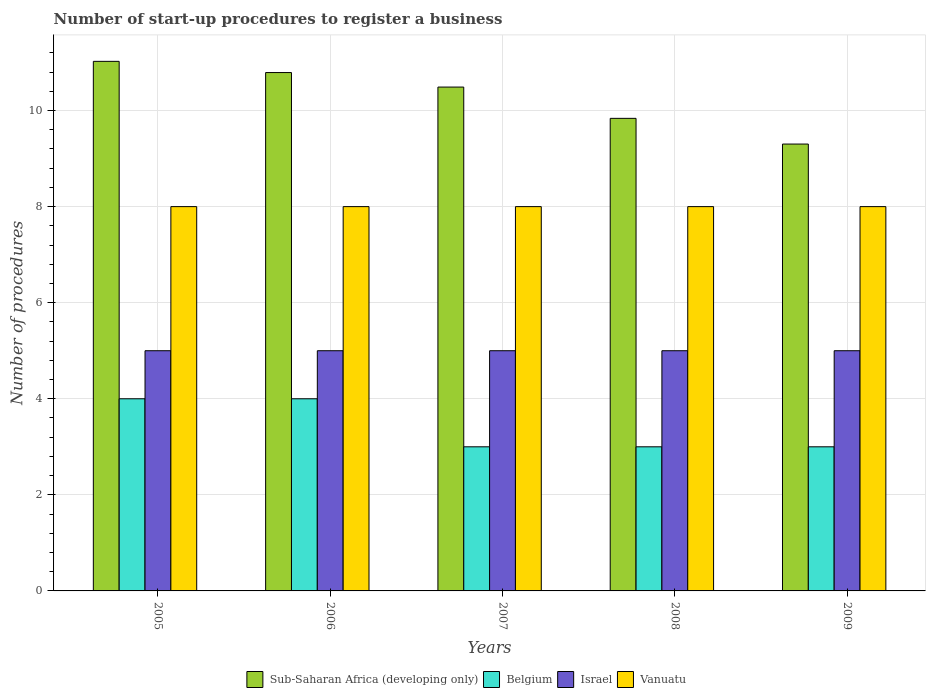
| Years | Sub-Saharan Africa (developing only) | Belgium | Israel | Vanuatu |
 | --- | --- | --- | --- | --- |
 | 2005 | 11 | 4 | 5 | 8 |
 | 2006 | 10.8 | 4 | 5 | 8 |
 | 2007 | 10.5 | 3 | 5 | 8 |
 | 2008 | 9.84 | 3 | 5 | 8 |
 | 2009 | 9.3 | 3 | 5 | 8 |